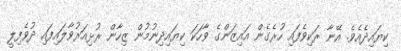
ކިޔައިދެއެވެ. އޭނާ ރަކިވެފައި ހުރެގެން އައިޒަންގެ ވާހަކަ ކިޔައިދިނުމުން ޒިހާން ރުޅިއަރުވާލައިފައި ދުވެފިލީ